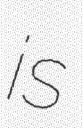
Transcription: is